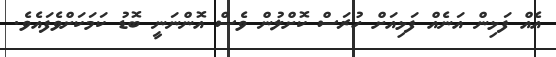
އެއް ފަޅިން އަނެއް ފަޅިއަށް ހުރަސް ކޮށްލުން ވެސް އޮންނަނީ ބޮޑު ކަމަކަށްވެފައެވެ.